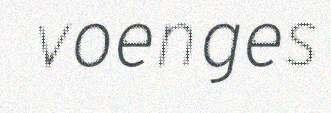
voenges